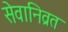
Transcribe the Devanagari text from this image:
सेवानिव्रत